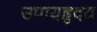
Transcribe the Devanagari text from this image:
उपायहृदय